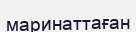
маринаттаған